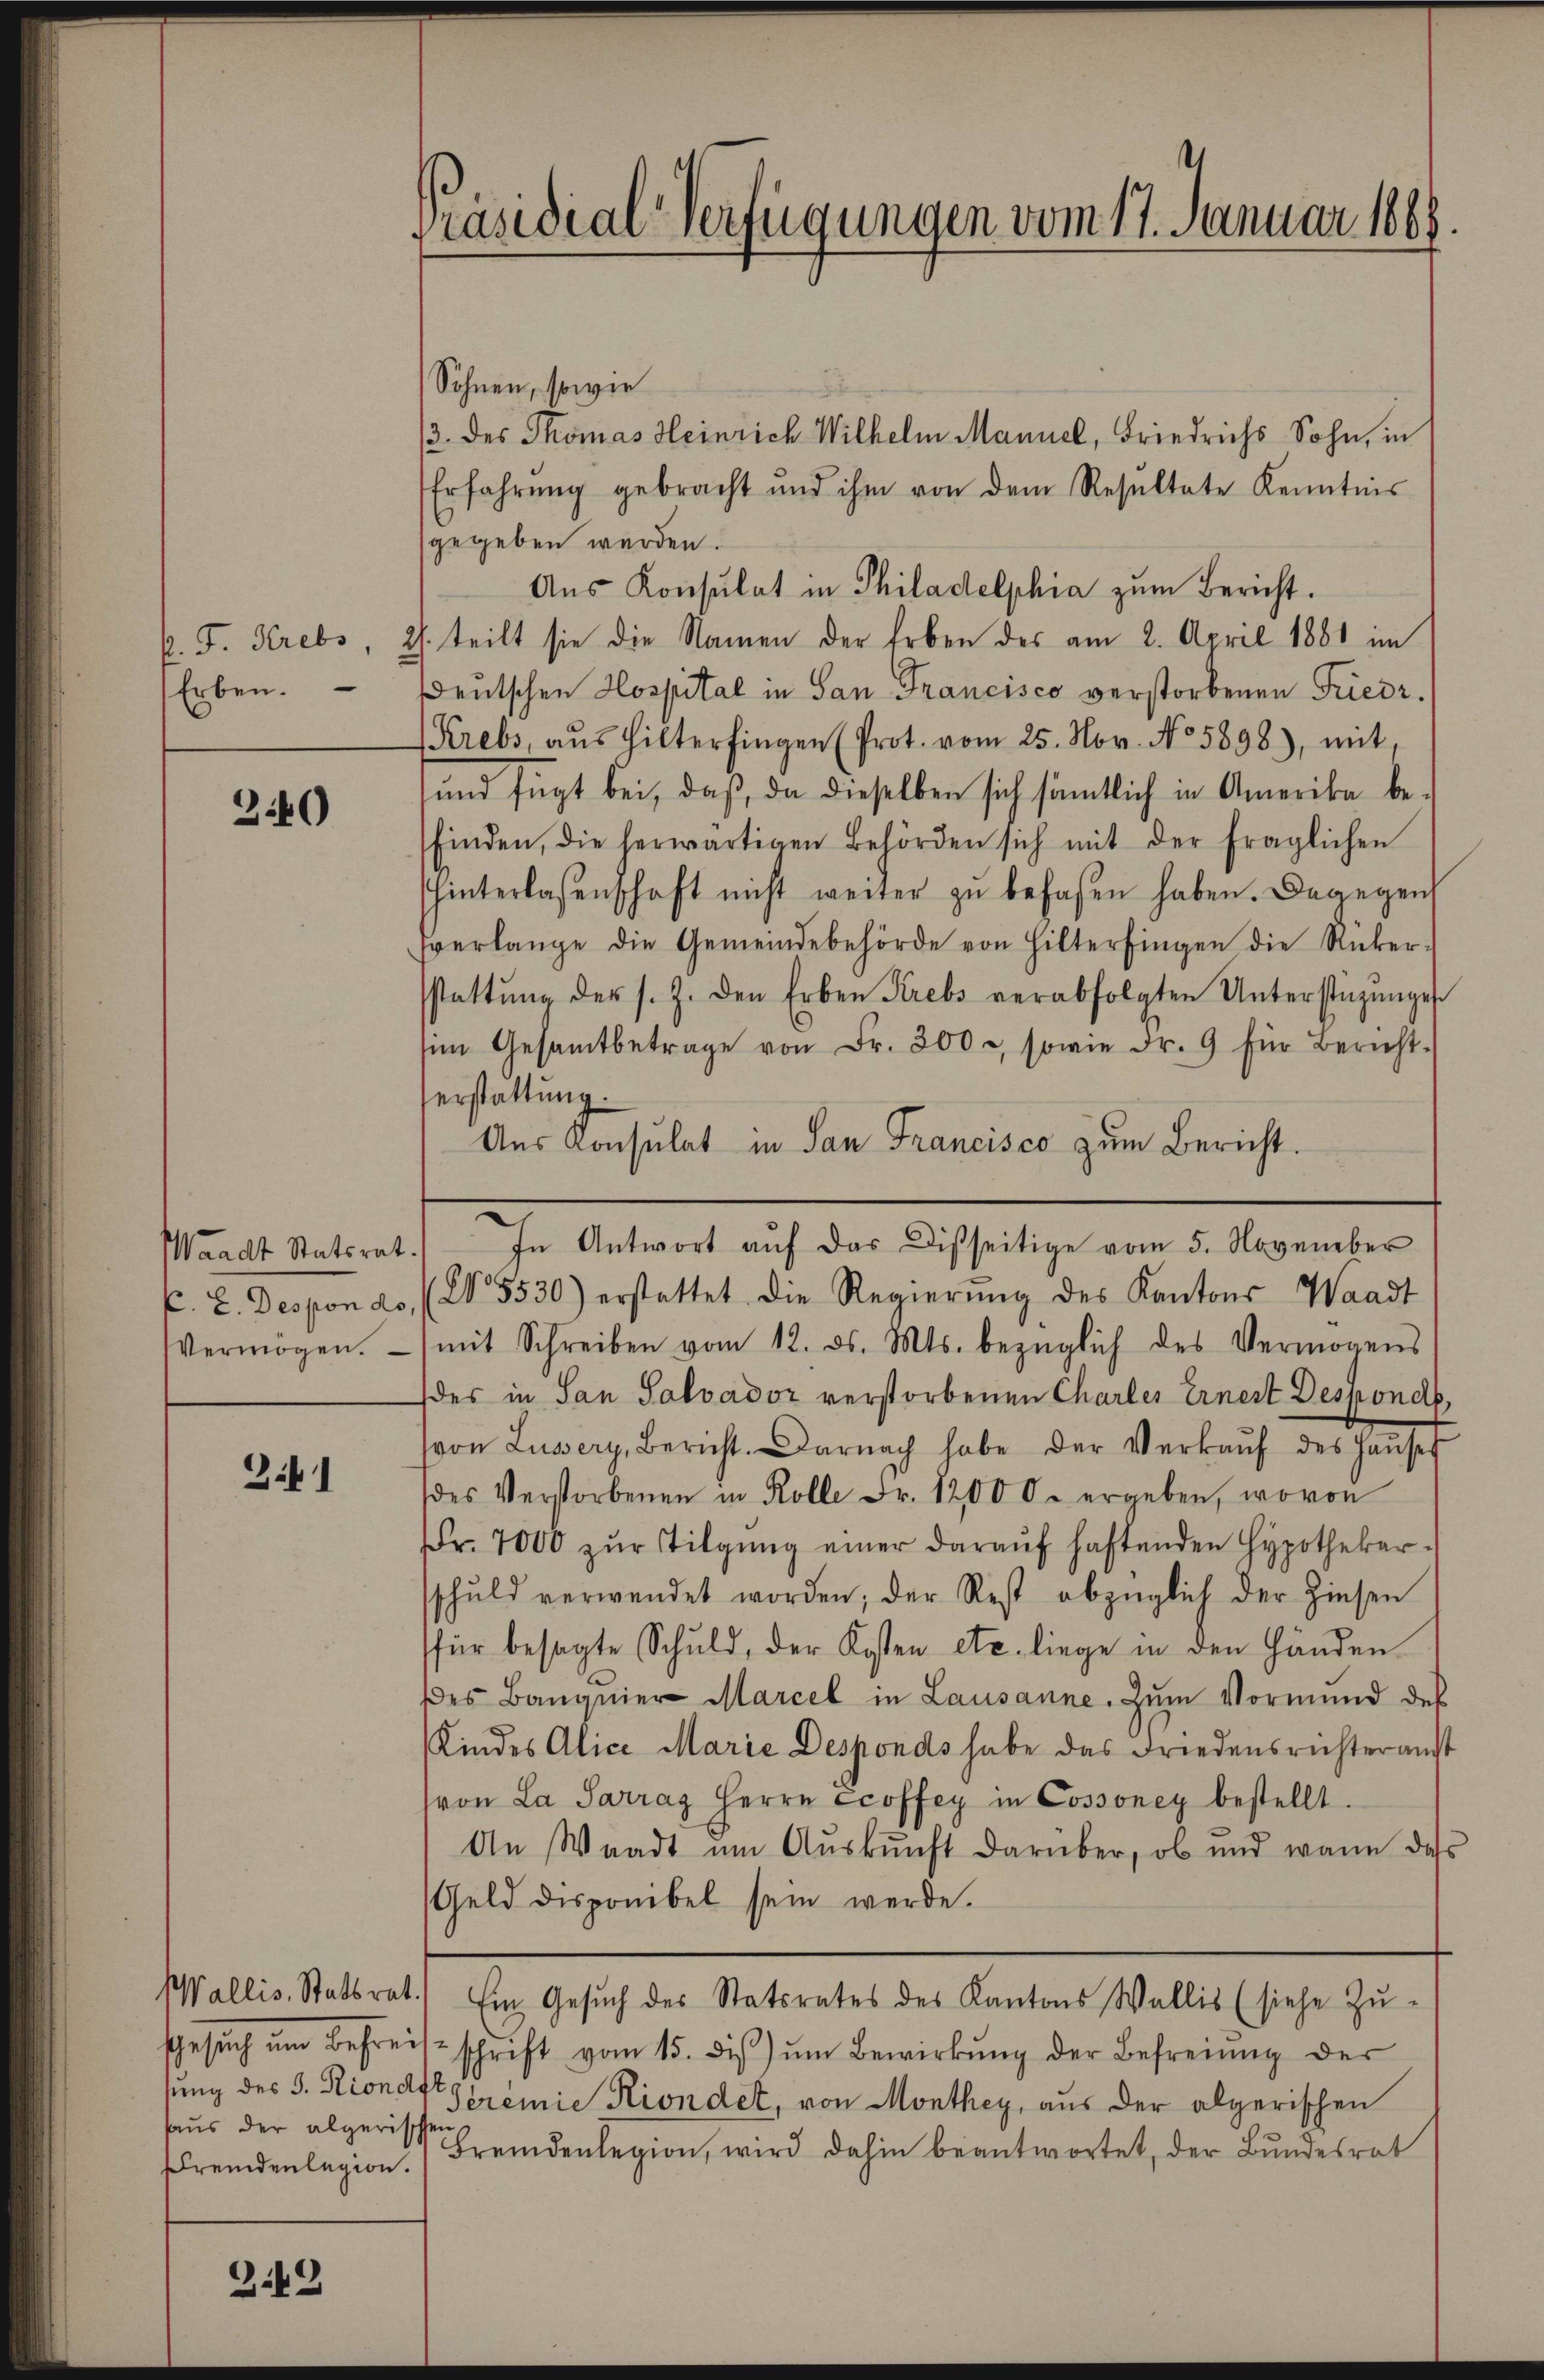
Erben.

340

Vermögen.

2.41

tung des 5. Riondft
haus der algerisch
Fremdenlegion.

3.49

Präsidial-Verfügungen vom 17. Januar 1868

Söhnen, sowie
/3. des Thomas Heinrich Wilhelm Mannel, Friedrichs Sohn, in
Erfahrŭng gebracht und ihm von dem Resultate Kenntnis
gegeben werden.
Aus Konsulat in Philadelphia zum Bericht.
p. F. Krebs, 2. teilt sie die Namen der Erben des am 2. April 1881 im
Deutschen Hospital in San Francisco verstorbenen Friedr.
Krebs, aŭs Hilterfingen (Prot. vom 25. Nov. No 5898), mit
und fügt bei, daß, da dieselben sich sämtlich in Amerika befinden, die herwärtigen Behörden sich mit der fraglichen
hinterlassenschaft nicht weiter zŭ befaßen haben. Dagegen
tverlange die Gemeindebehörde von Hilterfingen die Rücker-
sstattŭng der s. Z. den Erben Krebs verabfolgten Unterstüzŭngs-
sim Gesamtbetrage von Fr. 300, sowie Fr. 9 für Bericht
erstattung.
Aus Konsulat in San Francisco zum Bericht.
E. E. Despondo, (No. 5530) erstattet. Die Regierŭng des Kantons Waadt
mit Schreiben vom 12. ds. Mts. bezüglich des Vermögens
des in San Salvador verstorbenen Charler Ernest Desponde
von Lussery, Bericht. Darnach habe der Verkaŭf des Haŭses
des Verstorbenen in Kolle Fr. 12000. ergeben, wovon
Fr. 7000 zŭr Tilgung einer daraŭf haftenden Hypotheker-
schuld verwendet worden; der Rest abzüglich der hiesen
für besagte Schuld, der Kosten etc. liege in den Händen
des Banquier Marcel in Lausanne. Zum Vormund des
Kindes Alice Marie Desponds habe das Friedensrichteramt
von La Sarraz Herrn Ecoffey in Cossoney bestellt
An Waadt im Auskunft darüber, ob und wann das
Geld disponibel sein werde.
Wallis, Statsrat.) Ein Gesŭch des Statsrates des Kantons Wallis (siehe Zŭ-
Gesŭch ŭm Befreisschrift vom 15. diβ ŭm Bewirkŭng der Befreiung der
Seremie Kindet, von Monthey, aus der algerischen
Fremdenlegion, wird dahin beantwortet, der Bundesrat

Waadt Statsrat. In Antwort aŭf das Disseitige vom 5. November